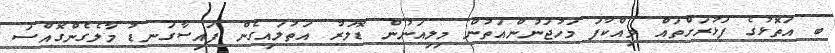
ބ އަތޮޅުގެ ފަޅުރަށްތައް ވިއްކާފަ މަހުޖަނުންއަތުން މިލިއަނުން ޑޮލަރު އަތުލައިގެން ފައިސާގަނޑު މާލެގެންގޮއްސަ